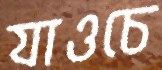
যাওচে